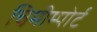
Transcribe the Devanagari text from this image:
चिमीम्पोर्ट